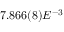
7 . 8 6 6 ( 8 ) E ^ { - 3 }